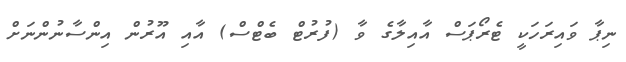
ނިޕާ ވައިރަހަކީ ޓެރޯޕަސް އާއިލާގެ ވާ (ފުރުޓް ބެޓްސް) އާއި އޫރުން އިންސާނުންނަށް